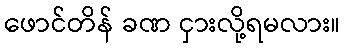
ဖောင်တိန် ခဏ ငှားလို့ရမလား။